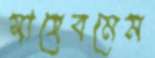
সাহেবমেম